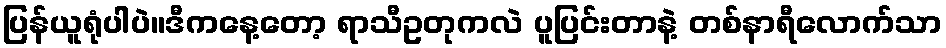
ပြန်ယူရုံပါပဲ။ဒီကနေ့တော့ ရာသီဥတုကလဲ ပူပြင်းတာနဲ့ တစ်နာရီလောက်သာ